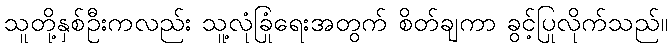
သူတို့နှစ်ဦးကလည်း သူ့လုံခြုံရေးအတွက် စိတ်ချကာ ခွင့်ပြုလိုက်သည်။